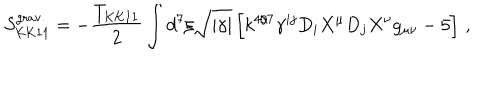
S _ { \mathrm { K K 1 1 } } ^ { \mathrm { g r a v . } } = - { \frac { T _ { \mathrm { K K 1 1 } } } { 2 } } \int d ^ { 7 } \xi \sqrt { | \gamma | } \left[ k ^ { 4 / 7 } \gamma ^ { i j } D _ { i } X ^ { \mu } D _ { j } X ^ { \nu } g _ { \mu \nu } - 5 \right] \, ,